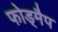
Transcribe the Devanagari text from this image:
फोड्मैप